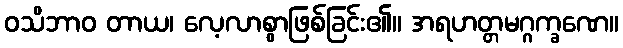
ဝသိဘာဝ တာယ၊ လေ့လာစွာဖြစ်ခြင်း၏။ အရဟတ္တမဂ္ဂက္ခဏေ။